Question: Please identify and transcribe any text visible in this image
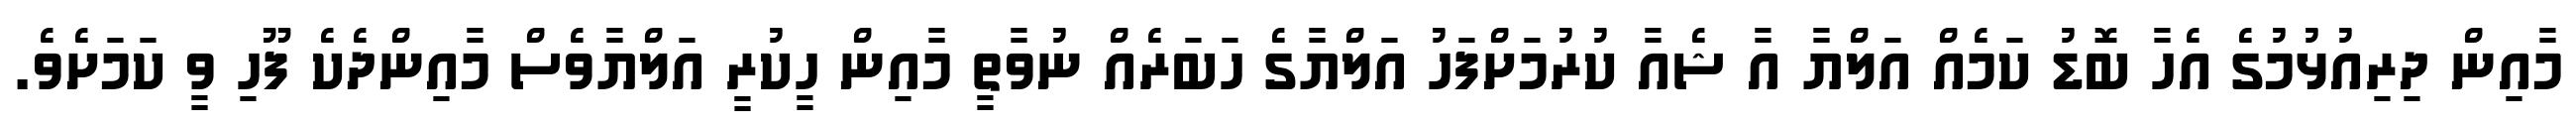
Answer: މާއިން ދިރިއުޅުމުގެ އެހާ ބޮޑު ކަމެއް އަލްޔާ އާ ޝެއާ ކުރުމަށްފަހު އަލްޔާގެ ހަބަރެއް ނުވާތީ މާއިން ހީކުރީ އަލްޔާވެސް މާއިންދެކެ ފޫހި ވީ ކަމަށެވެ.